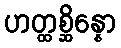
ဟတ္ထစ္ဆိန္နော